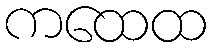
ကထေထ